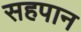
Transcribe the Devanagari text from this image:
सहपान